Report on lock hospitals in British Burma
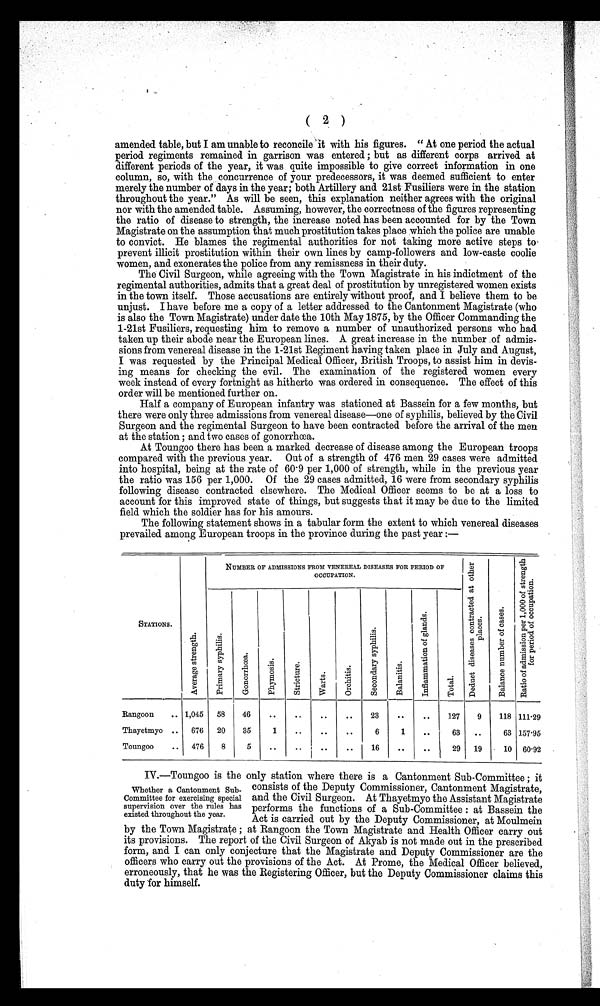
( ( 2 )
amended table, but I am unable to reconcile s it with his figures. " At one period the actual
period regiments remained in garrison was entered ; but as different corps arrived at
different periods of the year, it was quite impossible to give correct information in one
column, so, with the concurrence of your predecessors, it was deemed sufficient to enter
merely the number of days in the year; both Artillery and 21st Fusiliers were in the station
throughout the year." As will be seen, this explanation neither agrees with the original
nor with the amended table. Assuming, however, the correctness of the figures representing
the ratio of disease to strength, the increase noted has been accounted for by the Town
Magistrate on the assumption that much prostitution takes place which the police are unable
to convict. He blames the regimental authorities for not taking more active steps to
prevent illicit prostitution within their own lines by camp-followers and low-caste coolie
women, and exonerates the police from any remissness in their duty.
The Civil Surgeon, while agreeing with the Town Magistrate in his indictment of the
regimental authorities, admits that a great deal of prostitution by unregistered women exists
in the town itself. Those accusations are entirely without proof, and I believe them to be
unjust. I have before me a copy of a letter addressed to the Cantonment Magistrate (who
is also the Town Magistrate) under date the 10th May 1875, by the Officer Commanding the
1-21st Fusiliers, requesting him to remove a number of unauthorized persons who had
taken up their abode near the European lines. A great increase in the number of admis-
sions from venereal disease in the 1-21st Regiment having taken place in July and August,
I was requested by the Principal Medical Officer, British Troops, to assist him in devis-
ing means for checking the evil. The examination of the registered women every
week instead of every fortnight as hitherto was ordered in consequence. The effect of this
order will be mentioned further on.
Half a company of European infantry was stationed at Bassein for a few months, but
there were only three admissions from venereal disease—one of syphilis, believed by the Civil
Surgeon and the regimental Surgeon to have been contracted before the arrival of the men
at the station ; and two cases of gonorrhœa.
At Toungoo there has been a marked decrease of disease among the European troops
compared with the previous year. Out of a strength of 476 men 29 cases were admitted
into hospital, being at the rate of 60.9 per 1,000 of strength, while in the previous year
the ratio was 156 per 1,000. Of the 29 cases admitted, 16 were from secondary syphilis
following disease contracted elsewhere. The Medical Officer seems to be at a loss to
account for this improved state of things, but suggests that it may be due to the limited
field which the soldier has for his amours.
The following statement shows in a tabular form the extent to which venereal diseases
prevailed among European troops in the province during the past year :—
NUMBER OF ADMISSIONS FROM VENEREAL DISEASES FOR PERIOD OF
OCCUPATION.
D e d u c t d i s e a s e s c o n t r a c t e d a t o t h e r p l a c e s .
B a l a n c e n u m b e r o f c a s e s . R a t i o o f a d m i n i s s i o n p e r 1 , 0 0 0 o f s t r e n g t h f o r p e r i o d o f o c c u p a t i o n .
STATIONS.
A v e r a g e s t r e n g t h . P r i m a r y s y p h i l i s
G o n o r r h œ a .
P h y m o s i s .
S t r i c t u r e .
W a r t s .
O r e h i t i s .
S e c o n d a r y s y p h i l i s .
B a l a n i t i s .
I n f l a m m a t i o n o f g l a n d s .
T o t a l
Rangoon .. 1,045
58
46
. .
. .
. .
. .
23
. .
. .
127
9
118 111.29
Thayetmyo ..
676
20
35
1
..
..
. .
6
1
..
63
..
63 157.95
Toungoo ..
476
8
5
. .
.. i ..
..
16
..
. .
29
19
10 60.92
IV.—Toungoo is the only station where there is a Cantonment Sub-Committee ; it
consists of the Deputy Commissioner, Cantonment Magistrate,
Whether a Cantonment Sub-
Committee for exercising special and the Civil Surgeon. At Thayetmyo the Assistant Magistrate
supervision over the rules has performs the functions of a Sub-Committee : at Bassein the
existed throughout the year.
Act is carried out by the Deputy Commissioner, at Moulmein
by the Town Magistrate ; at Rangoon the Town Magistrate and Health Officer carry out
its provisions. The report of the Civil Surgeon of Akyab is not made out in the prescribed
form, and I can only conjecture that the Magistrate and Deputy Commissioner are the
officers who carry out the provisions of the Act. At Prome, the Medical Officer believed,
erroneously, that he was the Registering Officer, but the Deputy Commissioner claims this
duty for himself.